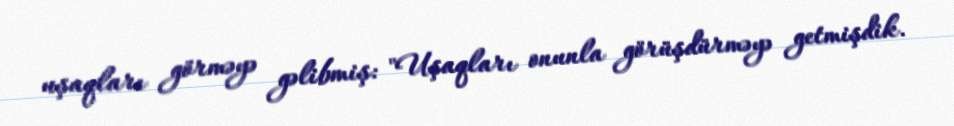
uşaqları görməyə gəlibmiş: "Uşaqları onunla görüşdürməyə getmişdik.